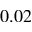
0 . 0 2